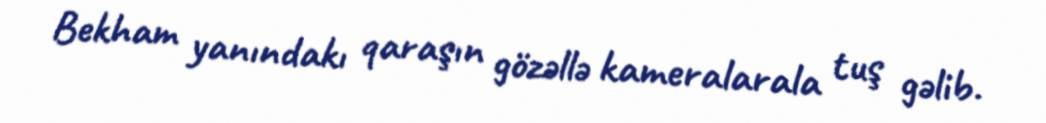
Bekham yanındakı qaraşın gözəllə kameralarala tuş gəlib.